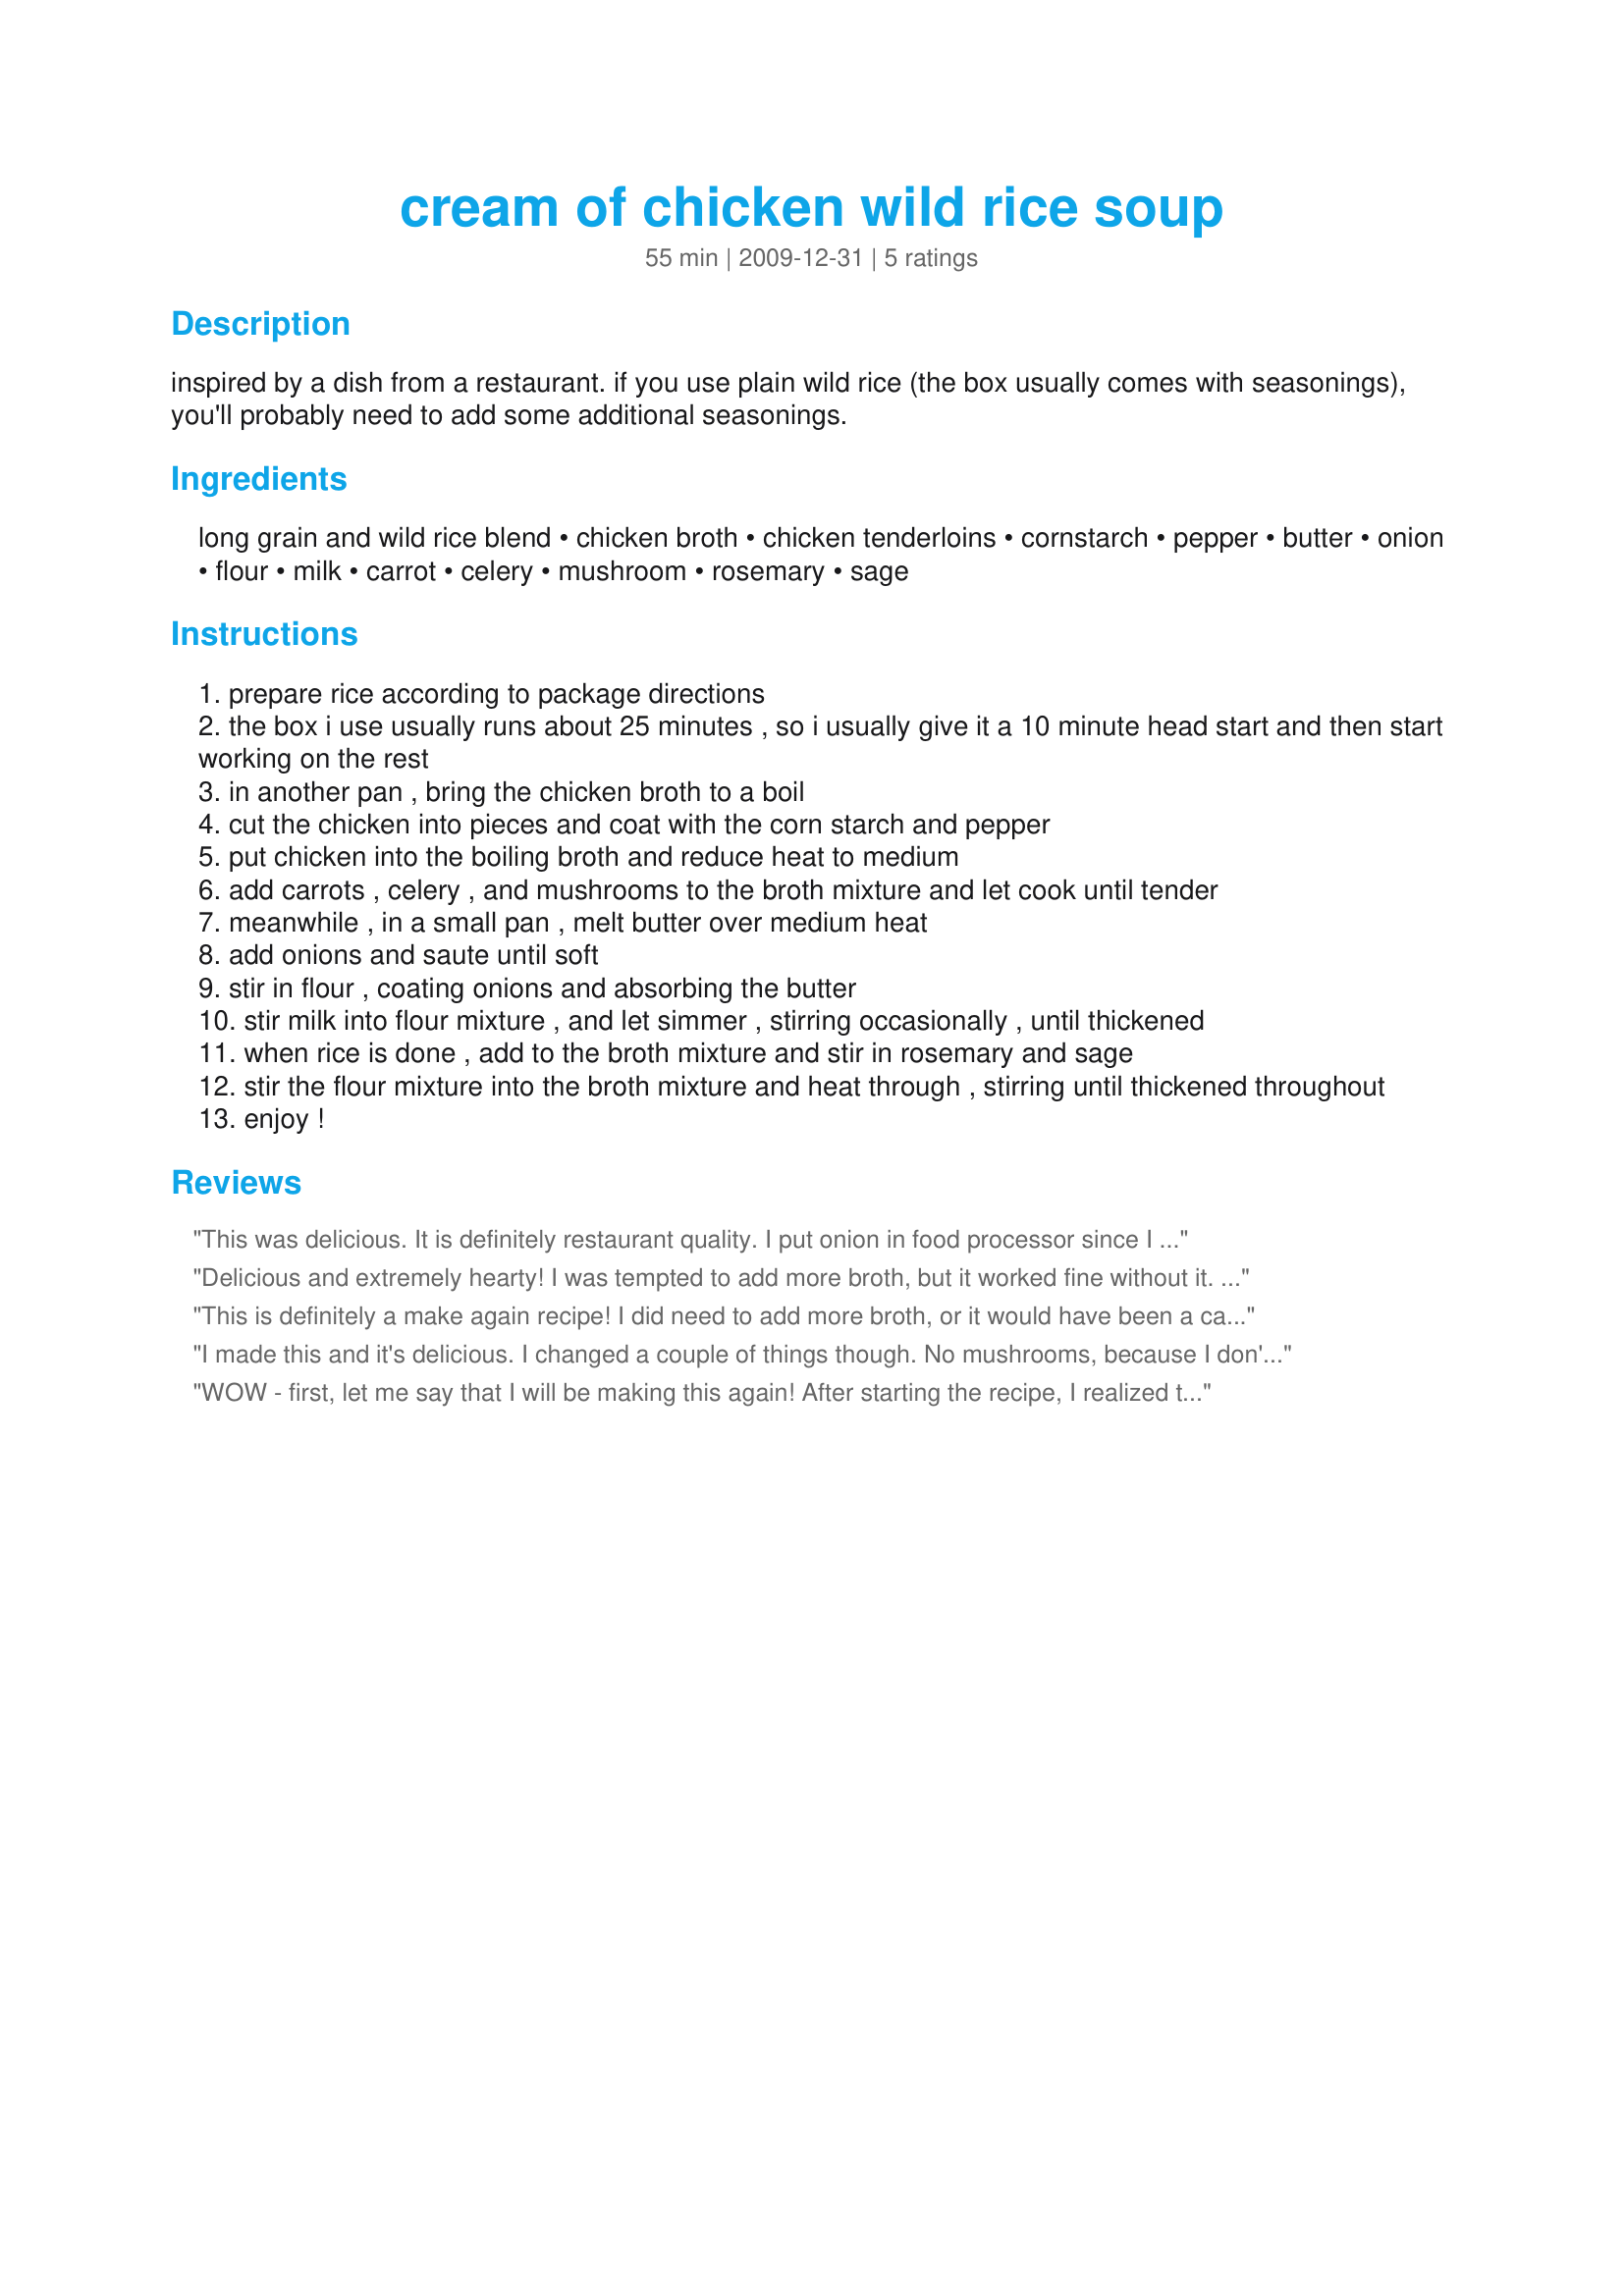
cream of chicken wild rice soup
Preparation time: 55 minutes

inspired by a dish from a restaurant. if you use plain wild rice (the box usually comes with seasonings), you'll probably need to add some additional seasonings.

Ingredients:
long grain and wild rice blend, chicken broth, chicken tenderloins, cornstarch, pepper, butter, onion, flour, milk, carrot, celery, mushroom, rosemary, sage

Steps:
prepare rice according to package directions
the box i use usually runs about 25 minutes , so i usually give it a 10 minute head start and then start working on the rest
in another pan , bring the chicken broth to a boil
cut the chicken into pieces and coat with the corn starch and pepper
put chicken into the boiling broth and reduce heat to medium
add carrots , celery , and mushrooms to the broth mixture and let cook until tender
meanwhile , in a small pan , melt butter over medium heat
add onions and saute until soft
stir in flour , coating onions and absorbing the butter
stir milk into flour mixture , and let simmer , stirring occasionally , until thickened
when rice is done , add to the broth mixture and stir in rosemary and sage
stir the flour mixture into the broth mixture and heat through , stirring until thickened throughout
enjoy !

Reviews:
This was delicious. It is definitely restaurant quality. I put onion in food processor since I have picky eaters. (All steps can be done in one pot except for cooking the rice). In a big soup pot I then sauteed chicken (no cornstarch) and when almost done I added all the rest of the veggies (I added red bell pepper, squash, and asparagus) with minced garlic and red pepper flakes. When veggies were just starting to get soft I added oat flour to thicken. Then added milk and chicken broth and seasoned with salt added rice in at the end. The rosemary and sage in this are so good. I cannot wait to try it tomorrow if there is any left. Very easy recipe, sophisticated taste, and a great way to get rid of veggies in the fridge. Thank you for sharing this it is going in the recipe rotation.
Delicious and extremely hearty! I was tempted to add more broth, but it worked fine without it. (I prefer thicker soups). I made one change. I used already cooked leftover chicken breast meat, and added at the end with the cooked rice, bringing it up to heat. Loved the sage and rosemary ( I used fresh). Thanks for a great bowl of soup on what turned out to be a really nasty day for May!
This is definitely a make again recipe! I did need to add more broth, or it would have been a casserole instead of a soup! :) I really loved this, can't recommend it enough. Thanks for sharing!
I made this and it's delicious. I changed a couple of things though. No mushrooms, because I don't like them, no milk, because of allergy so 2 cans of chicken broth and instead of the chicken tenderloins, I used 1 chicken breast - the complete half - I feel like you can never have too much chicken. Have just posted it on my Pinterest page and sent the recipe to my best friend so she can go to the store and buy the ingredients to make it tomorrow.
WOW - first, let me say that I will be making this again! After starting the recipe, I realized that this was going to be a little more involved than I had thought and makes a whole lot of dirty dishes. I started the prep work and cooking the rest at the same time that I put the rice on and the rice was done before I needed it. Since I had the rice in my medium saucepan, I had to use a large pot to boil the chicken - so I needed to use double the broth to have enough broth to cover the bottom of the pot (next time I would use a third can). Since, I now had my medium and large pots in use and needed another to saute the onion that was big enough to hold the onions (I used 1 medium), flour and milk, I decided to use the microwave to do the job because I simply don't have enough pans of the same size. Anyhow, I chopped the onions and put them in a pyrex bowl with 1T butter and nuked until they were transparent, then added flour and milk - no problem. Finally, the first bite - and it was just terrific - it is most certainly restaurant worthy. The soup is very flavorful and really thick and creamy (which is why I'd add that 3rd can of broth). I didn't think it needed the rosemary, but the sage was a nice addition. Sorry to be so long winded, but I plan to make this again and wanted to remember my steps. This is going in my favorites folder for the year!
